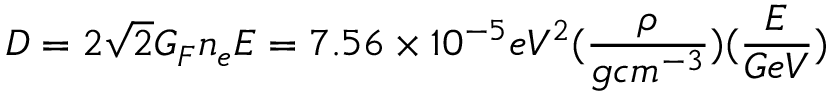
D = 2 \sqrt { 2 } G _ { F } n _ { e } E = 7 . 5 6 \times 1 0 ^ { - 5 } e V ^ { 2 } ( \frac { \rho } { g c m ^ { - 3 } } ) ( \frac { E } { G e V } )